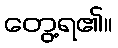
တွေ့ရ၏။